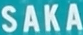
SAKA